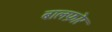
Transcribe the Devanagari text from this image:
बालफ़ोर